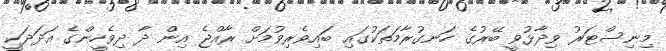
މިނިސްޓަރު ވިދާޅުވީ ބޭރުގެ ހަނގުރާމަތަކުގައި ބައިވެރިވުމަށް ރާއްޖެ އިން ދާ ދިވެހީންގެ އަދަދަކީ